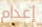
إعدام